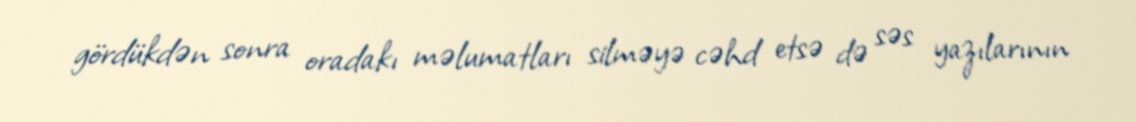
gördükdən sonra oradakı məlumatları silməyə cəhd etsə də səs yazılarının